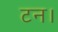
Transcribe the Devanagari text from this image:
टन।